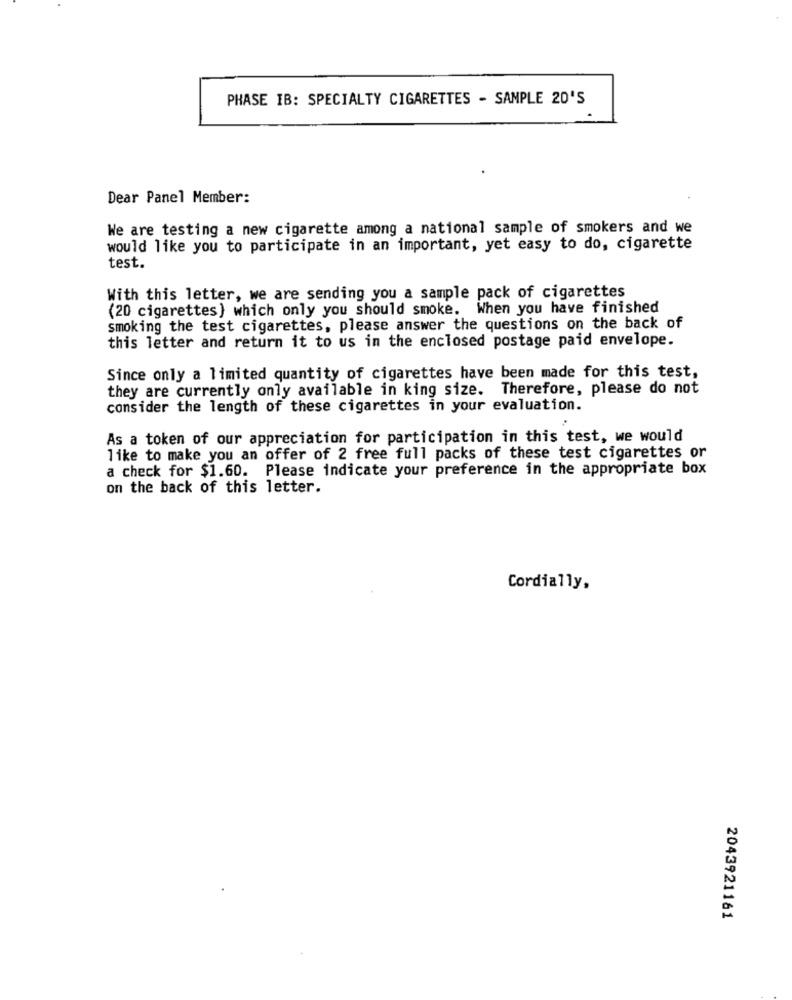
PHASE IB: SPECIALTY CIGARETTES - SAMPLE 20'S
Dear Panel Member:
We are testing a new cigarette among a national sample of smokers and we
would like you to participate in an important, yet easy to do, cigarette
test.
With this letter, we are sending you a sample pack of cigarettes
(20 cigarettes) which only you should smoke. When you have finished
smoking the test cigarettes, please answer the questions on the back of
this letter and return it to us in the enclosed postage paid envelope.
Since only a limited quantity of cigarettes have been made for this test,
they are currently only available in king size. Therefore, please do not
consider the length of these cigarettes in your evaluation.
As a token of our appreciation for participation in this test, we would
like to make you an offer of 2 free full packs of these test cigarettes or
a check for $1.60. Please indicate your preference in the appropriate box
on the back of this letter.
Cordially,
2043921161